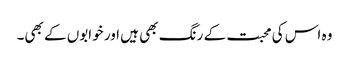
وہ اس کی محبت کے رنگ بھی ہیں اور خوابوں کے بھی۔